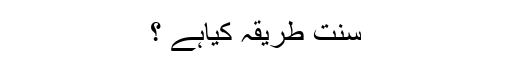
سنت طریقہ کیاہے ؟